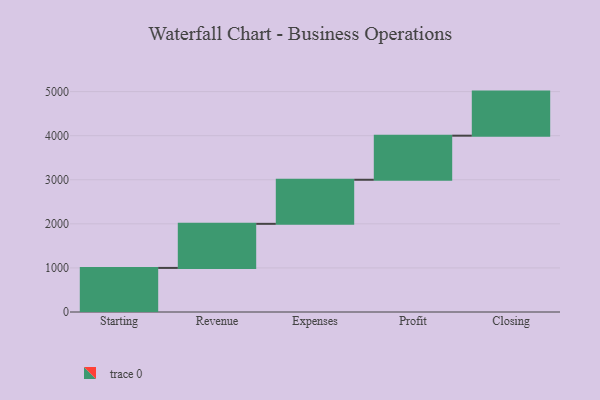
{"axis": {"x": "Step", "y": "Value"}, "legend": [""], "data": [{"x": "Starting", "y": 1000, "type": ""}, {"x": "Revenue", "y": 1000, "type": ""}, {"x": "Expenses", "y": 1000, "type": ""}, {"x": "Profit", "y": 1000, "type": ""}, {"x": "Closing", "y": 1000, "type": ""}]}